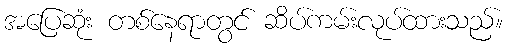
အပြေဆုံး တစ်နေရာတွင် ဆိပ်ကမ်းလုပ်ထားသည်။